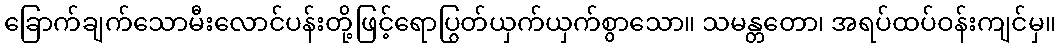
ခြောက်ချက်သောမီးလောင်ပန်းတို့ဖြင့်ရောပြွတ်ယှက်ယှက်စွာသော။ သမန္တတော၊ အရပ်ထပ်ဝန်းကျင်မှ။